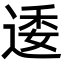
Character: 逶